Report of the veterinary officer investigating camel disease
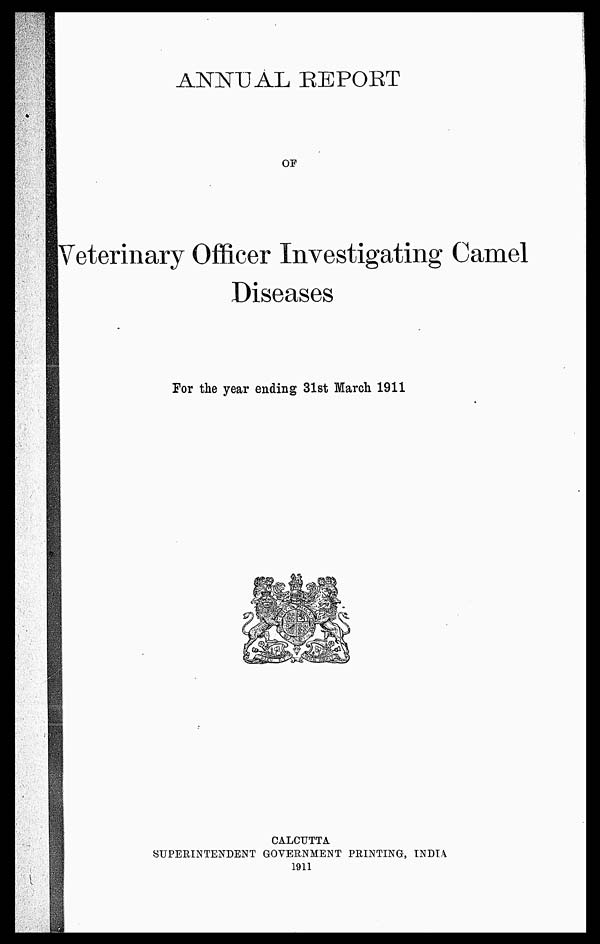
ANNUAL REPORT
OF
Veterinary Officer Investigating Camel
Diseases
For the year ending 31st March 1911
CALCUTTA
SUPERINTENDENT GOVERNMENT PRINTING, INDIA
1911